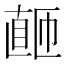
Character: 𬑚